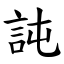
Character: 訰